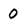
Character: 0